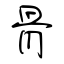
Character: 骨